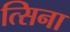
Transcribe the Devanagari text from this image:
त्सिना